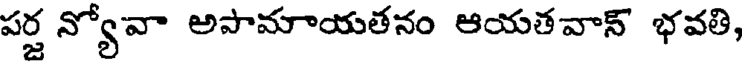
పర్జ న్యోవా అపామాయతనం ఆయతవాన్ భవతి,